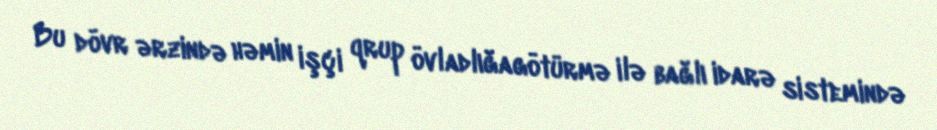
Bu dövr ərzində həmin işçi qrup övladlığagötürmə ilə bağlı idarə sistemində